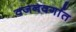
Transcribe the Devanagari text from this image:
वजनवर्गात